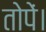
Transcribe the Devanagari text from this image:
तोपें।